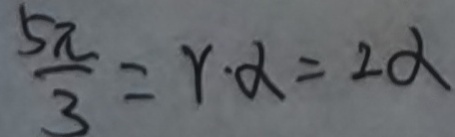
\frac { 5 \pi } { 3 } = r \cdot \alpha = 2 \alpha